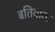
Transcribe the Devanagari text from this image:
बतियाता